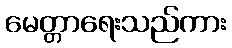
မေတ္တာရေးသည်ကား